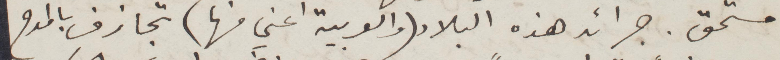
مستحق. جرائد هذه البلاد (والعربية اعني منها) تجازف بالمدح